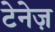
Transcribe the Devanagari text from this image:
टेनेज़